Senior Leaving Certificate Examination (including Day School Certificate (Higher) General paper), 1949
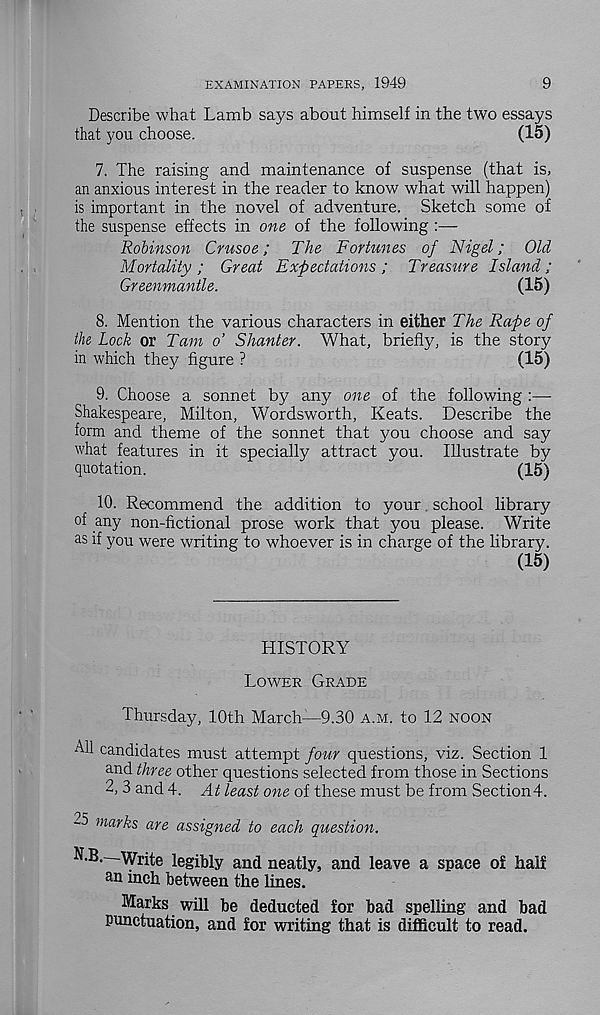
EXAMINATION PAPERS, 1949
9
Describe what Lamb says about himself in the two essays
that you choose.
(15)
7. The raising and maintenance of suspense (that is,
an anxious interest in the reader to know what will happen)
is important in the novel of adventure. Sketch some of
the suspense effects in one of the following :—
Robinson Crusoe; The Fortunes of Nigel; Old
Mortality ; Great Expectations ; Treasure Island ;
Greenmantle.
(15)
8. Mention the various characters in either The Rape of
the Lock or Tam o’ Shanter. What, briefly, is the story
in which they figure ?
(15)
9. Choose a sonnet by any one of the following :—
Shakespeare, Milton, Wordsworth, Keats. Describe the
form and theme of the sonnet that you choose and say
what features in it specially attract you. Illustrate by
quotation.
(15)
10. Recommend the addition to your school library
of any non-fictional prose work that you please. Write
as if you were writing to whoever is in charge of the library.
(15)
HISTORY
LOWER GRADE
Thursday, 10th March—9.30 A.M. to 12 NOON
All candidates must attempt four questions, viz. Section 1
and three other questions selected from those in Sections
2, 3 and 4. At least one of these must be from Section#.
-5 marks are assigned to each question.
VB.—\y r ite le S iw y an< * ne atly, and leave a space of half
an inch between the lines.
Marks will be deducted for bad spelling and bad
punctuation, and for writing that is difficult to read.